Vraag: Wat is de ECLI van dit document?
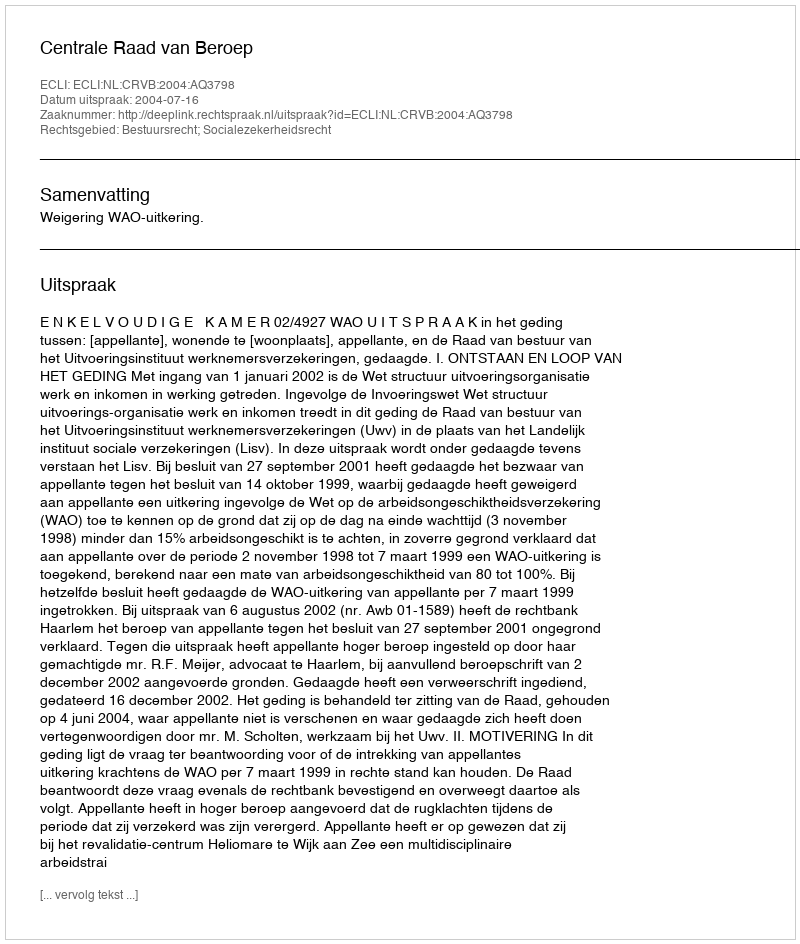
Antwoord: ECLI:NL:CRVB:2004:AQ3798